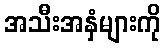
အသီးအနှံများကို